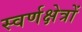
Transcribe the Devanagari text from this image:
स्वर्णक्षेत्रों